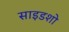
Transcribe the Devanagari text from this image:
साइडशो